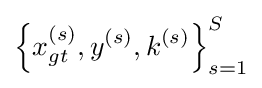
{\left\lbrace {x}_{gt}^{\left(s\right)},{y}^{\left(s\right)},{k}^{\left(s\right)}\right\rbrace }_{s=1}^{S}